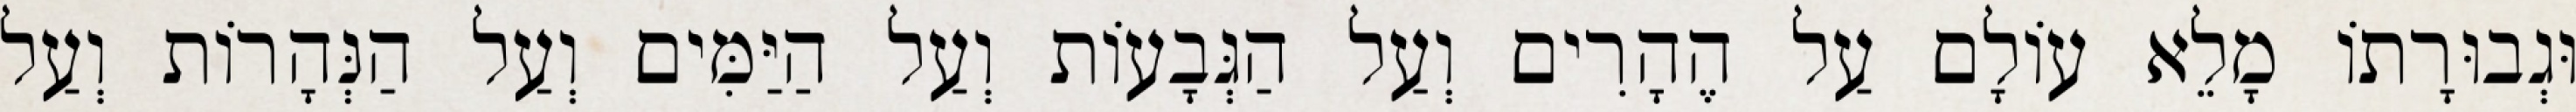
וּגְבוּרָתוֹ מָלֵא עוֹלָם עַל הֶהָרִים וְעַל הַגְּבָעוֹת וְעַל הַיַּמִּים וְעַל הַנְּהָרוֹת וְעַל